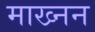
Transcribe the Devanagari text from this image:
माख्नन